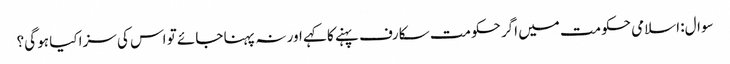
سوال: اسلامی حکومت میں اگر حکومت سکارف پہنے کا کہے اور نہ پہنا جائے تو اس کی سزا کیا ہو گی؟